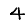
Digit: 4